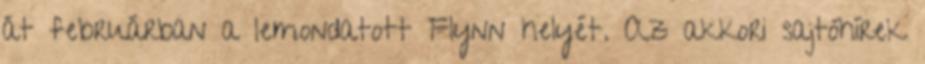
át februárban a lemondatott Flynn helyét. Az akkori sajtóhírek